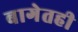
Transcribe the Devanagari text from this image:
बागेतही